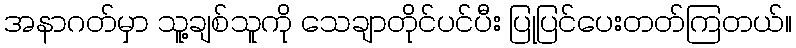
အနာဂတ်မှာ သူ့ချစ်သူကို သေချာတိုင်ပင်ပီး ပြုပြင်ပေးတတ်ကြတယ်။